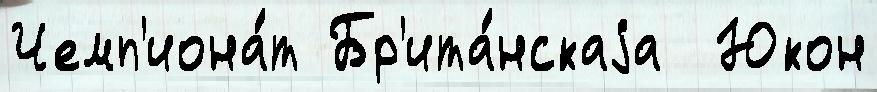
Чемп'иона́т Бр'ита́нскаjа  Юкон